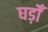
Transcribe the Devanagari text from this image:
घड़ोँ